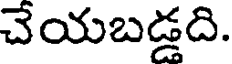
చేయబడ్డది.